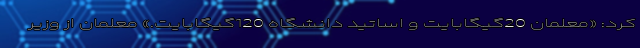
کرد: «معلمان 20گیگابایت و اساتید دانشگاه 120گیگابایت.» معلمان از وزیر